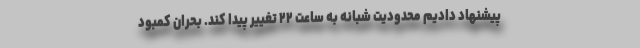
پیشنهاد دادیم محدودیت شبانه به ساعت ۲۲ تغییر پیدا کند. بحران کمبود